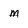
Character: m